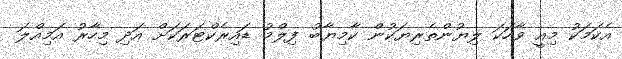
އެކަމަކު މިއީ ވާހަކަ ލިޔުންތެރިޔަކުން ކާމިޔާބު ފިލްމު ޑައިރެކްޓަރަކަށް އަދި މިހާރު އަމިއްލަ